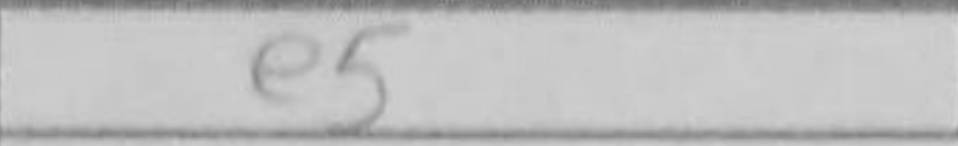
Transcription: e5